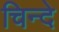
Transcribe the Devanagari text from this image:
चिन्दे